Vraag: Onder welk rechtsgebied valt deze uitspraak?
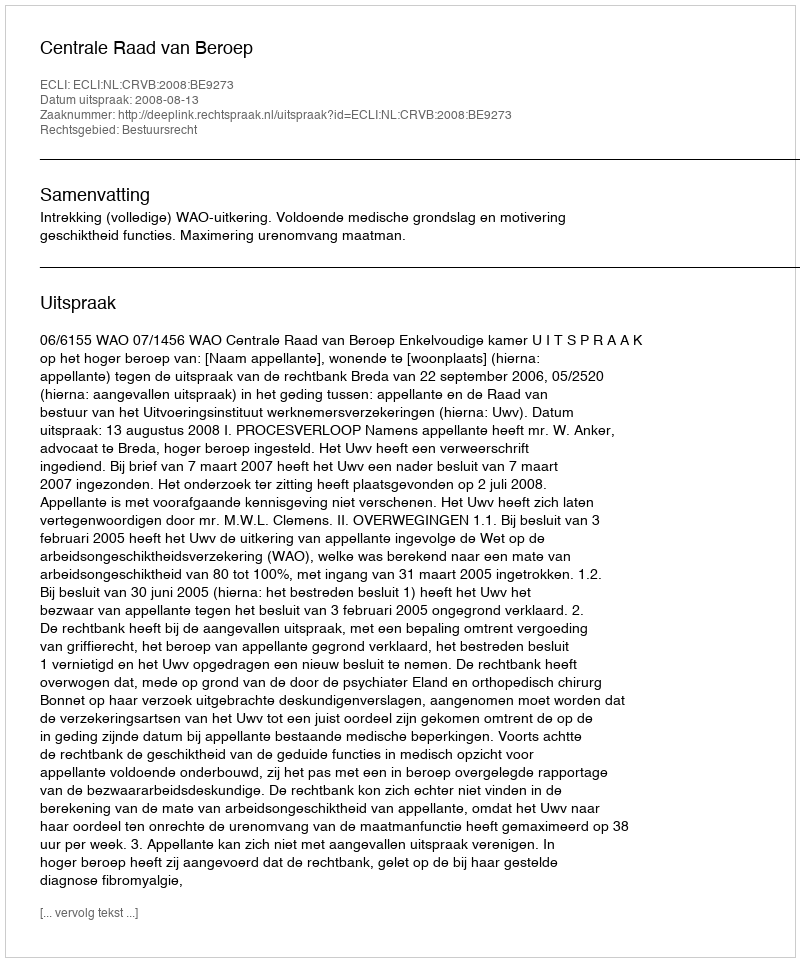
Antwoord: Bestuursrecht